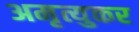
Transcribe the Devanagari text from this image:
अमृत्युकर